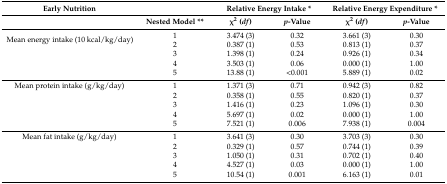
<table><thead><tr><td><b>Early Nutrition</b></td><td></td><td colspan="2"><b>Relative Energy Intake *</b></td><td colspan="2"><b>Relative Energy Expenditure *</b></td></tr><tr><td></td><td><b>Nested Model **</b></td><td><b>χ<sup>2</sup> (<i>df</i>)</b></td><td><b><i>p</i>-Value</b></td><td><b>χ<sup>2</sup> (<i>df</i>)</b></td><td><b><i>p</i>-Value</b></td></tr></thead><tbody><tr><td rowspan="2">Mean energy intake (10 kcal/kg/day)</td><td>1</td><td>3.474 (3)</td><td>0.32</td><td>3.661 (3)</td><td>0.30</td></tr><tr><td>2</td><td>0.387 (1)</td><td>0.53</td><td>0.813 (1)</td><td>0.37</td></tr><tr><td></td><td>3</td><td>1.398 (1)</td><td>0.24</td><td>0.926 (1)</td><td>0.34</td></tr><tr><td></td><td>4</td><td>3.503 (1)</td><td>0.06</td><td>0.000 (1)</td><td>1.00</td></tr><tr><td></td><td>5</td><td>13.88 (1)</td><td>&lt;0.001</td><td>5.889 (1)</td><td>0.02</td></tr><tr><td>Mean protein intake (g/kg/day)</td><td>1</td><td>1.371 (3)</td><td>0.71</td><td>0.942 (3)</td><td>0.82</td></tr><tr><td></td><td>2</td><td>0.358 (1)</td><td>0.55</td><td>0.820 (1)</td><td>0.37</td></tr><tr><td></td><td>3</td><td>1.416 (1)</td><td>0.23</td><td>1.096 (1)</td><td>0.30</td></tr><tr><td></td><td>4</td><td>5.697 (1)</td><td>0.02</td><td>0.000 (1)</td><td>1.00</td></tr><tr><td></td><td>5</td><td>7.521 (1)</td><td>0.006</td><td>7.938 (1)</td><td>0.004</td></tr><tr><td>Mean fat intake (g/kg/day)</td><td>1</td><td>3.641 (3)</td><td>0.30</td><td>3.703 (3)</td><td>0.30</td></tr><tr><td></td><td>2</td><td>0.329 (1)</td><td>0.57</td><td>0.744 (1)</td><td>0.39</td></tr><tr><td></td><td>3</td><td>1.050 (1)</td><td>0.31</td><td>0.702 (1)</td><td>0.40</td></tr><tr><td></td><td>4</td><td>4.527 (1)</td><td>0.03</td><td>0.000 (1)</td><td>1.00</td></tr><tr><td></td><td>5</td><td>10.54 (1)</td><td>0.001</td><td>6.163 (1)</td><td>0.01</td></tr></tbody></table>